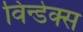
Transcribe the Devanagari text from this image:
विन्डेक्स